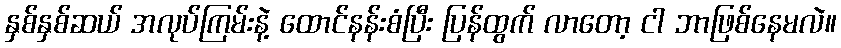
နှစ်နှစ်ဆယ် အလုပ်ကြမ်းနဲ့ ထောင်နန်းစံပြီး ပြန်ထွက် လာတော့ ငါ ဘာဖြစ်နေမလဲ။